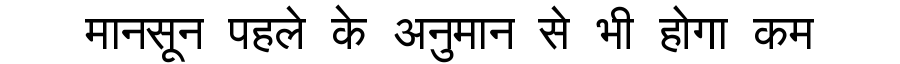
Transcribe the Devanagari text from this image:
मानसून पहले के अनुमान से भी होगा कम